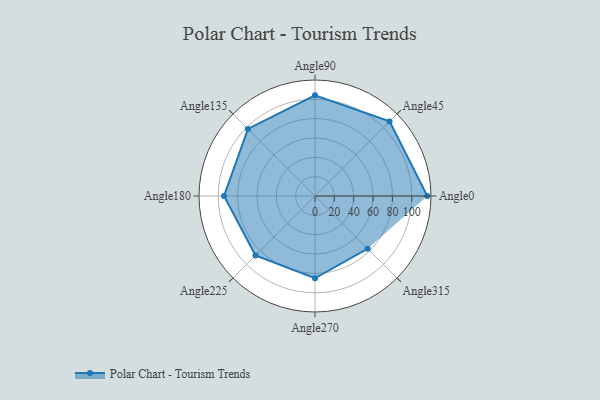
{"axis": {"x": "Angle", "y": "Radius"}, "legend": [""], "data": [{"x": "Angle0", "y": 116.0, "type": ""}, {"x": "Angle45", "y": 109.0, "type": ""}, {"x": "Angle90", "y": 104.0, "type": ""}, {"x": "Angle135", "y": 98.0, "type": ""}, {"x": "Angle180", "y": 94.0, "type": ""}, {"x": "Angle225", "y": 87.0, "type": ""}, {"x": "Angle270", "y": 85.0, "type": ""}, {"x": "Angle315", "y": 77.0, "type": ""}]}